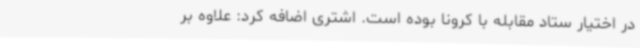
در اختیار ستاد مقابله با کرونا بوده است. اشتری اضافه کرد: علاوه بر